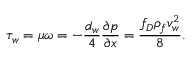
\tau _ { w } = \mu \omega = - \frac { d _ { w } } { 4 } \frac { \partial p } { \partial x } = \frac { f _ { D } \rho _ { f } v _ { w } ^ { 2 } } { 8 } .